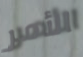
الأمر